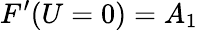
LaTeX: F^{\prime}(U=0)=A_{1}